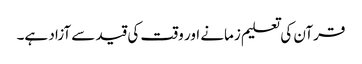
قرآن کی تعلیم زمانے اور وقت کی قید سے آزاد ہے۔